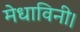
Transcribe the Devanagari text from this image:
मेधाविनी।